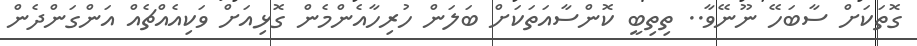
ގޮތަކަށް ސާބަހޭ ނޫނޭވާ.. ތިތިބީ ކޮންސާއަތަކަށް ބަލަން ހުރިހާއެންމެން ގޮޅިއަށް ވަކިއެއްޗެއް އަންގަންދެން